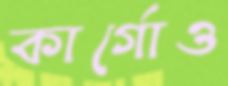
কার্গোও